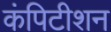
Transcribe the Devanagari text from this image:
कंपिटीशन